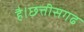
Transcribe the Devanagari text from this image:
है।छत्तीसगढ